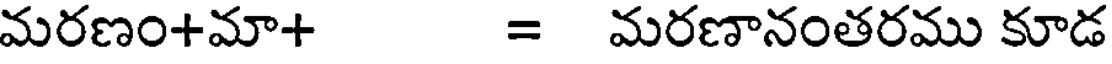
మరణం+మా+ = మరణానంతరము కూడ